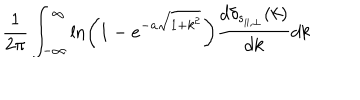
\frac { 1 } { 2 \pi } \int _ { - \infty } ^ { \infty } \ln \left( 1 - e ^ { - a \sqrt { 1 + k ^ { 2 } } } \right) \frac { d \delta _ { s _ { \parallel , \perp } } ( k ) } { d k } d k